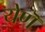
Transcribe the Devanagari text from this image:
येणॆ